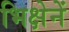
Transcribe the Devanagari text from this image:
भिक्षेनें